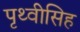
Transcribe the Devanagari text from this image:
पृथ्वीसिह